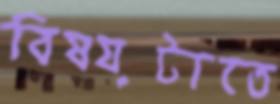
বিষয়টাতে